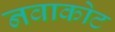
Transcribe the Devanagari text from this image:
नवाकोट